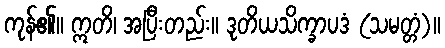
ကုန်၏။ ဣတိ၊ အပြီးတည်း။ ဒုတိယသိက္ခာပဒံ (သမတ္တံ)။